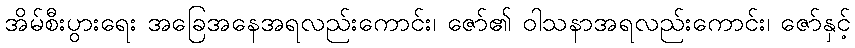
အိမ်စီးပွားရေး အခြေအနေအရလည်းကောင်း၊ ဇော်၏ ဝါသနာအရလည်းကောင်း၊ ဇော်နှင့်